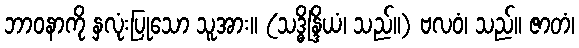
ဘာဝနာကို နှလုံးပြုသော သူအား။ (သဒ္ဓိန္ဒြိယံ၊ သည်။) ဗလဝံ၊ သည်။ ဇာတံ၊